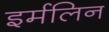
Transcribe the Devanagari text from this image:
इर्मलिन